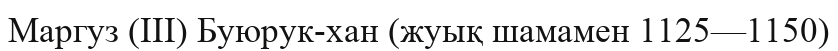
Маргуз (III) Буюрук-хан (жуық шамамен 1125—1150)